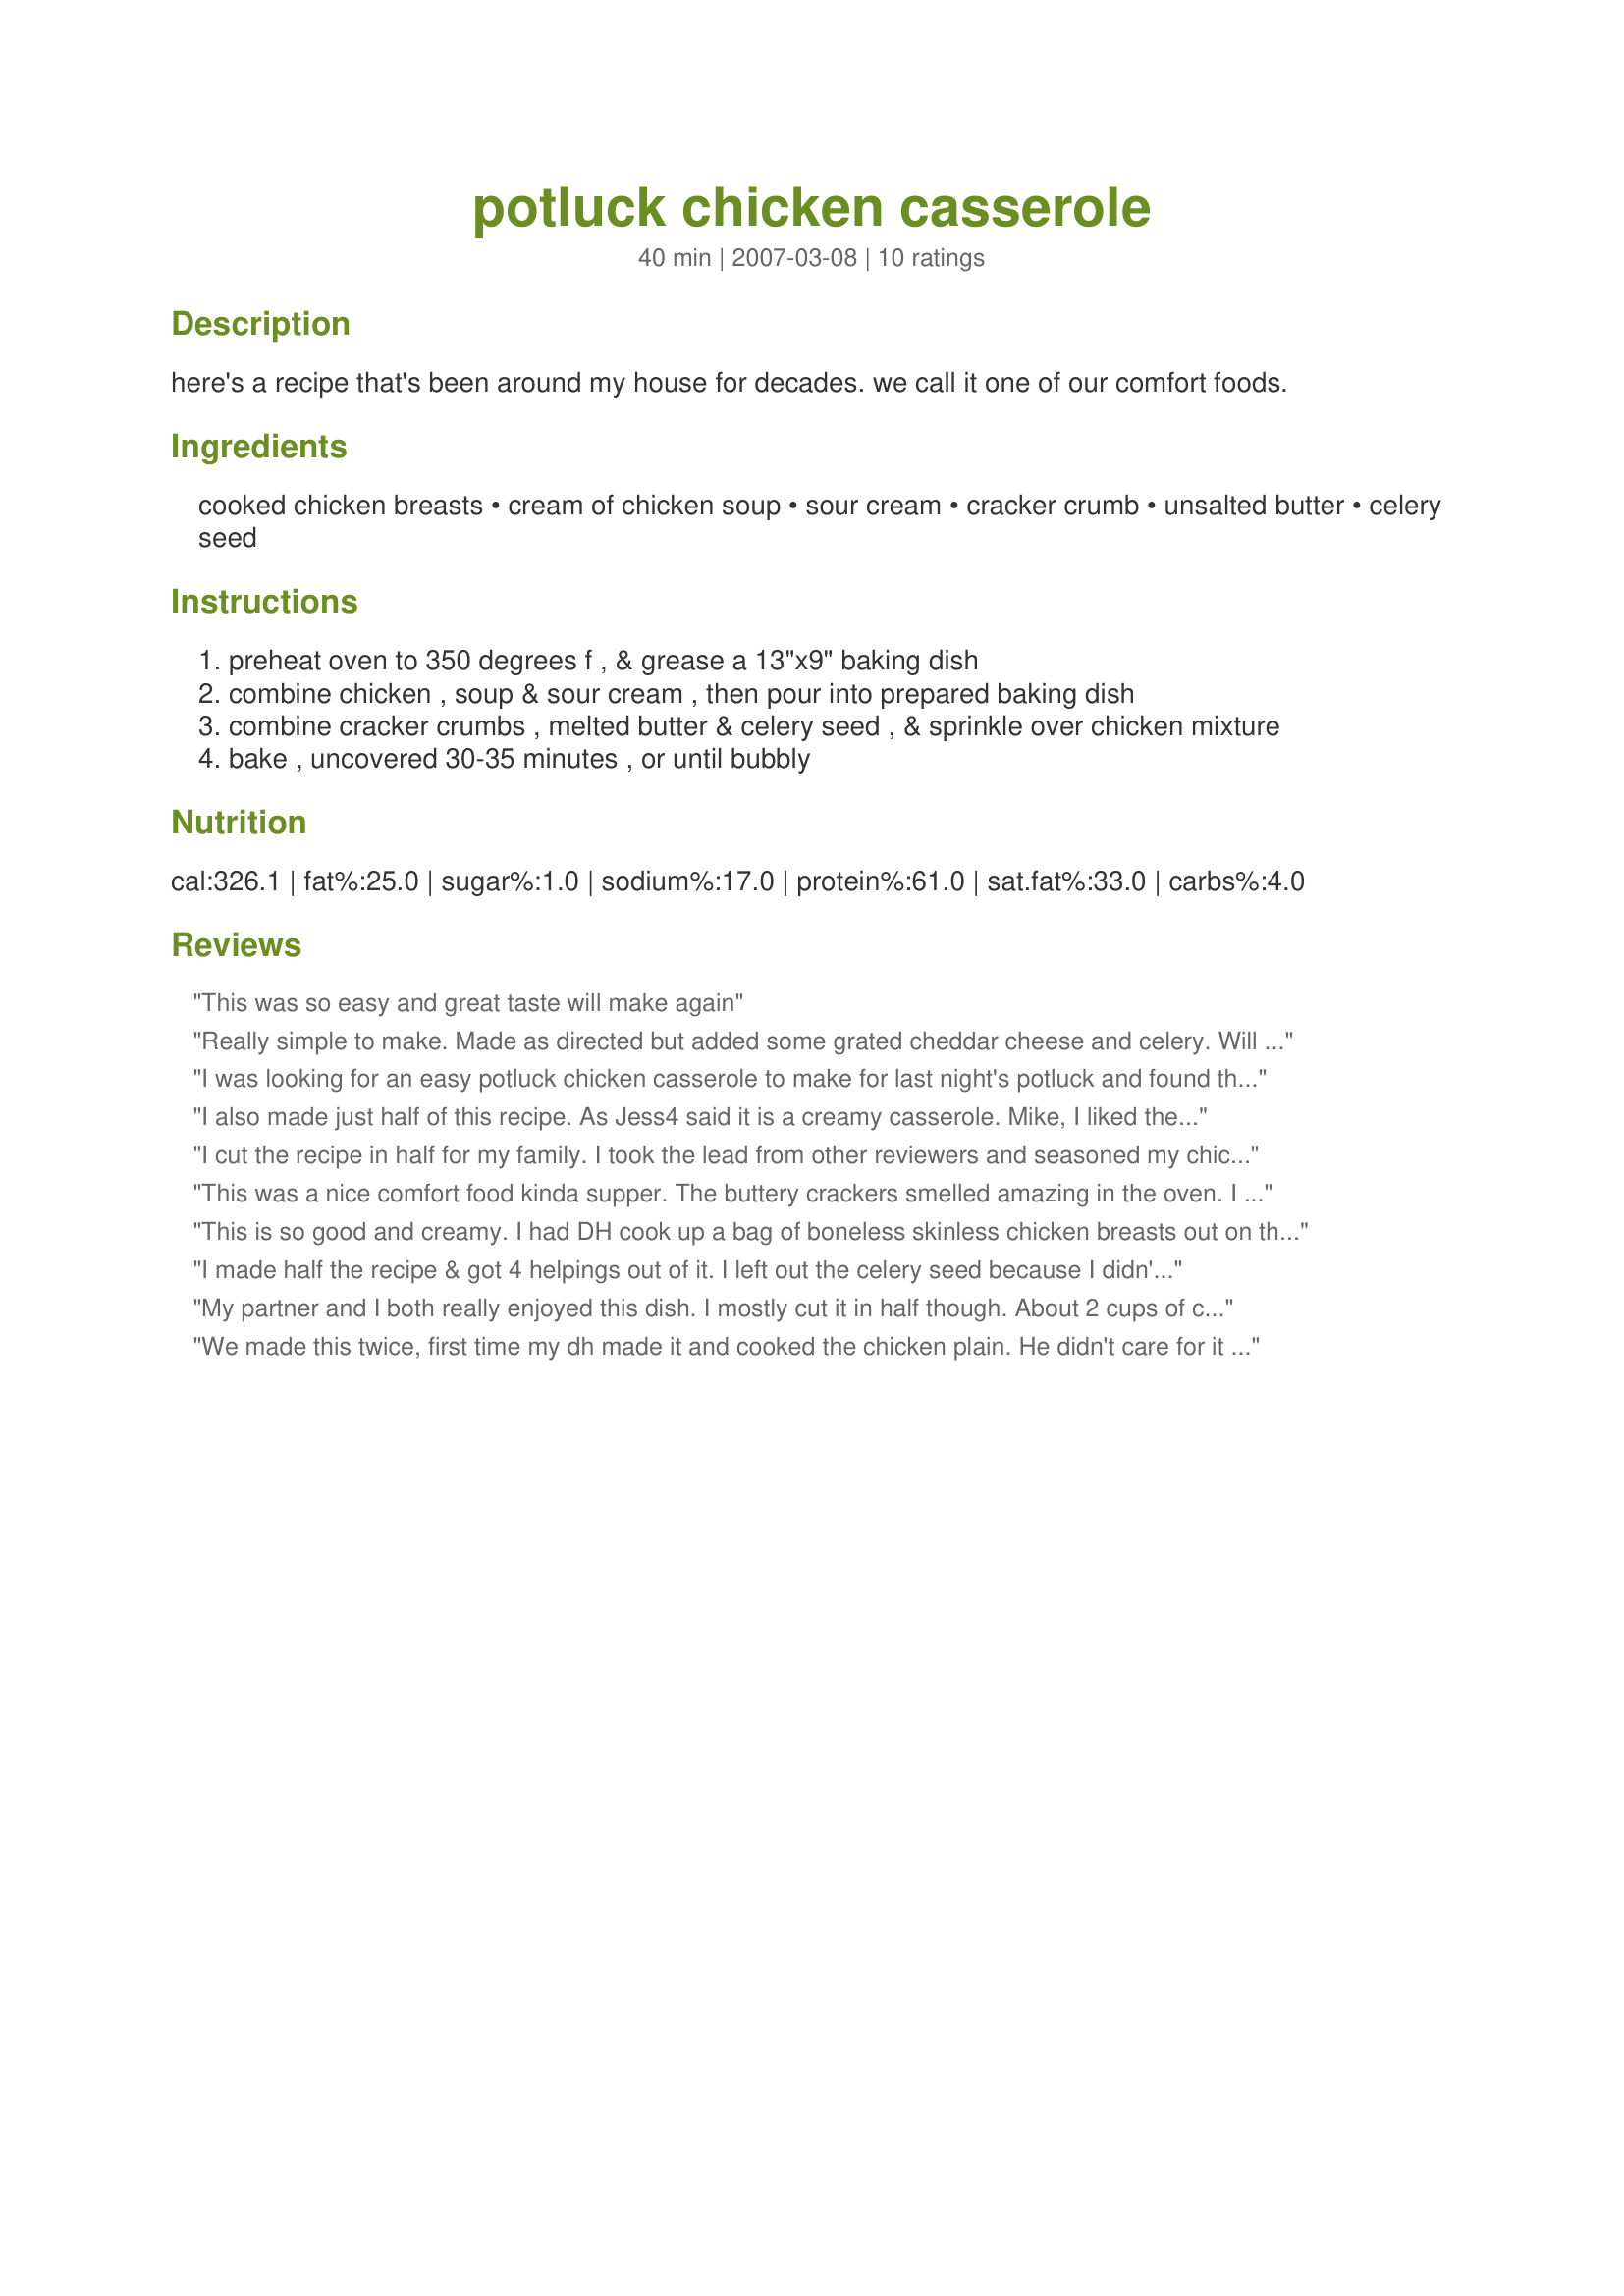
potluck chicken casserole
Preparation time: 40 minutes

here's a recipe that's been around my house for decades. we call it one of our comfort foods.

Ingredients:
cooked chicken breasts, cream of chicken soup, sour cream, cracker crumb, unsalted butter, celery seed

Steps:
preheat oven to 350 degrees f , & grease a 13"x9" baking dish
combine chicken , soup & sour cream , then pour into prepared baking dish
combine cracker crumbs , melted butter & celery seed , & sprinkle over chicken mixture
bake , uncovered 30-35 minutes , or until bubbly

Reviews:
This was so easy and great taste will make again
Really simple to make. Made as directed but added some grated cheddar cheese and celery. Will 
make again.
I was looking for an easy potluck chicken casserole to make for last night's potluck and found this one. I added some vegetables but otherwise made as instructed. It was very popular at the dinner, and I really enjoyed it myself. It was easy and really worked for me! Thanks for posting this recipe.
I also made just half of this recipe. As Jess4 said it is a creamy casserole. Mike, I liked the addition of the celery seeds with the cracker topping that was a great idea. Fat free sour cream and 98% fat free cr of chicken soup were used to make this a healthier dish. When I make this again I'll add some chopped onion, celery and a can of water chestnuts to give it a crunch. Made for *Zaar Stars Tag 2009* game
I cut the recipe in half for my family. I took the lead from other reviewers and seasoned my chicken when cooking it. This was easy to make and we all enjoyed it.
This was a nice comfort food kinda supper. The buttery crackers smelled amazing in the oven. I really like the crunch they give the casserole. This is something easy I can whip together when I'm low on energy and ingredients! I always have these things on hand. Thanks so much for posting!
This is so good and creamy. I had DH cook up a bag of boneless skinless chicken breasts out on the grill. He used his regular grill seasonings of pepper and lawry's season salt. I didn't measure out a cup, but just crushed up the whole tube of Ritz crackers. I also added a bag of frozen veggies with asparagus and baby carrots. Served with some super thick mashed potatoes. The casserole needs to sit for awhile after coming out of the oven to be thicker, I left mine sit for about 15 minutes. I was so pleased when my picky DH said "Wow, this is so good". Very simple and we like it, that makes for a winner. Made and Reviewed for 123 Hit Wonders Tag - Thanks! :)
I made half the recipe & got 4 helpings out of it. I left out the celery seed because I didn't have any. Made for Zaar Stars
My partner and I both really enjoyed this dish. I mostly cut it in half though. About 2 cups of chicken breast, 1 can soup, 4 ounces of sour cream. I didn't have any Ritz type crackers so I used saltines, which worked out very well. The celery seeds added a nice flavor to it.

Very easy and quick to make, especially if you cook up a bunch of chicken breasts at once like I do.
We made this twice, first time my dh made it and cooked the chicken plain. He didn't care for it too much, called it "bland". So I made it again this time the chicken had been cooked in garlic, onion and paprika suddenly this was a good dinner! ;) I like how easy it is and I'm sure dh can make it again, this time seasoning the chicken. I bet this would be a good use for leftover grilled chicken, especially if it got a little dry on the grill.
